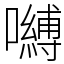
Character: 嚩